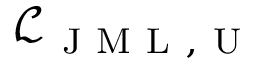
\mathcal { L } _ { \mathrm { ~ J ~ M ~ L ~ , ~ U ~ } }